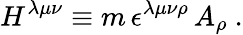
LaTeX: H^{\lambda\mu\nu}\equiv m\, \epsilon^{\lambda\mu\nu\rho}\, A_{\rho}\ .